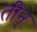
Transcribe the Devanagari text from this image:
तीन्